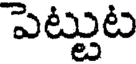
పెట్టుట